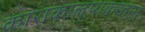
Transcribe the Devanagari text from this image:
काराकालपाकस्तान